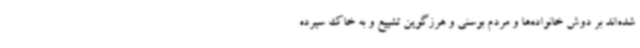
شده‌اند بر دوش خانواده‌ها و مردم بوسنی و هرزگوین تشییع و به خاک سپرده